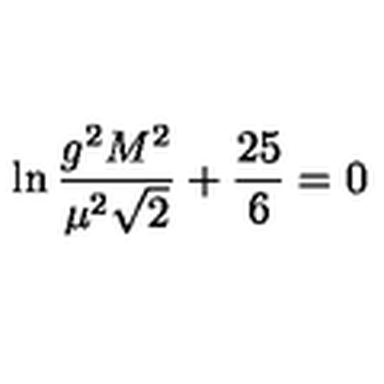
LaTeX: \ln \frac { g ^ { 2 } M ^ { 2 } } { \mu ^ { 2 } \sqrt 2 } + \frac { 2 5 } { 6 } = 0